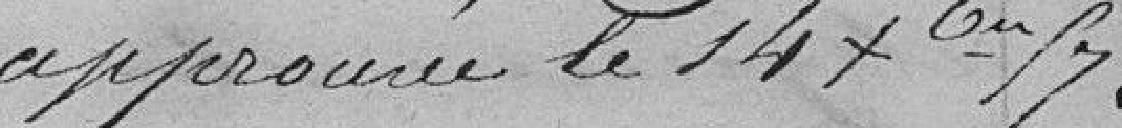
approuvé le 14 septembre 57